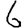
Digit: 6